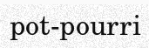
pot-pourri